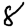
Digit: 8